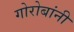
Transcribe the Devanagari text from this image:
गोरोबांनी